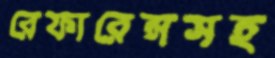
রেফারেন্সসহ